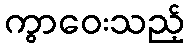
ကွာဝေးသည့်